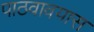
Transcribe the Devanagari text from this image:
पाठवावयास